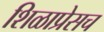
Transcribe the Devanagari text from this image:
शिळाप्रेसच